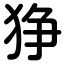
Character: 狰